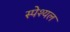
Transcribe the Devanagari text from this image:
स्पेश्यल